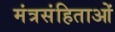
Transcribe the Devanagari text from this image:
मंत्रसंहिताओं